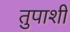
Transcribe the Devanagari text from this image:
तुपाशी